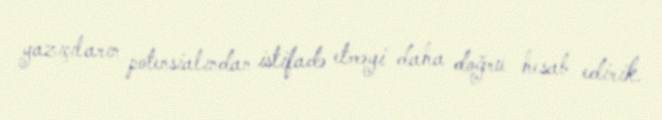
yazıçıların potensialından istifadə etməyi daha doğru hesab edirik.